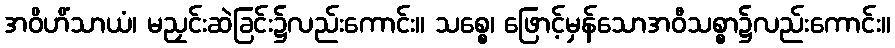
အဝိဟိံသာယံ၊ မညှင်းဆဲခြင်း၌လည်းကောင်း။ သစ္စေ၊ ဖြောင့်မှန်သောအဝီသစ္စာ၌လည်းကောင်း။